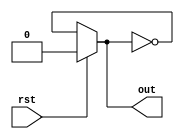
`timescale 1ns/1ps

module ring_osc #(
    parameter N = 5,
    parameter Delay = 2
)(
    output out,
    input rst
);
    wire [N:0] w;
    assign w[0] = rst ? 1'b0 : w[N];

    generate
        genvar i;
        for (i = 0; i < N; i = i+1) begin: Inverters
            not #(Delay) inv(w[i+1], w[i]);
        end
    endgenerate

    assign out = w[0];
endmodule